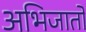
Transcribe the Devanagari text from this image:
अभिजातों